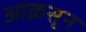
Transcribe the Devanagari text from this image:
आक्रसून